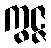
ကွဇ္ဇ